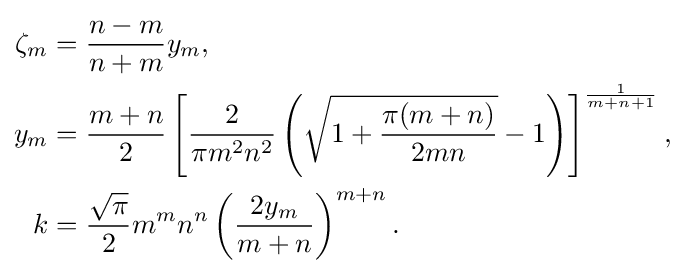
{\begin{aligned}\zeta _{m}&={\frac {n-m}{n+m}}y_{m},\\y_{m}&={\frac {m+n}{2}}\left[{\frac {2}{\pi m^{2}n^{2}}}\left({\sqrt {1+{\frac {\pi (m+n)}{2mn}}}}-1\right)\right]^{\frac {1}{m+n+1}},\\k&={\frac {\sqrt {\pi }}{2}}m^{m}n^{n}\left({\frac {2y_{m}}{m+n}}\right)^{m+n}.\end{aligned}}